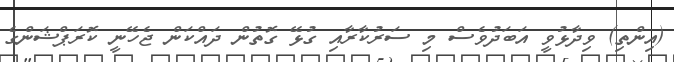
(އިންތި) ވިދާޅުވީ އަބަދުވެސް މި ސަރުކާރާއި ގުޅޭ ގޮތުން ދައްކަން ޖެހޭނީ ކޮރަޕްޝަންގެ